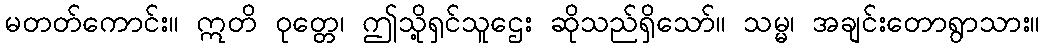
မတတ်ကောင်း။ ဣတိ ဝုတ္တေ၊ ဤသို့ရှင်သူဌေး ဆိုသည်ရှိသော်။ သမ္မ၊ အချင်းတောရွာသား။